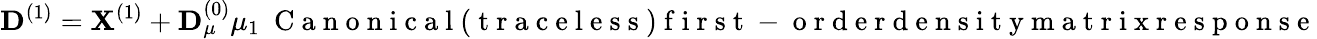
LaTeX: {\mathbf D}^{(1)}={\mathbf X}^{(1)}+{\mathbf D}_{\mu}^{(0)}\mu_{1}~\mathrm{~C~a~n~o~n~i~c~a~l~(~t~r~a~c~e~l~e~s~s~)~f~i~r~s~t~-~o~r~d~e~r~d~e~n~s~i~t~y~m~a~t~r~i~x~r~e~s~p~o~n~s~e~}